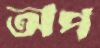
অপ